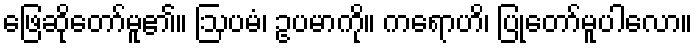
ဖြေဆိုတော်မူ၏။ ဩပမံ၊ ဥပမာကို။ ကရောဟိ၊ ပြုတော်မူပါလော။